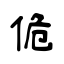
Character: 佹